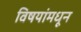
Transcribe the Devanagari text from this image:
विषयांमधून